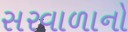
સરવાળાનો